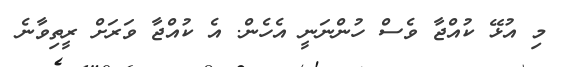
މި އުޅޭ ކުއްޖާ ވެސް ހުންނަނީ އެހެން. އެ ކުއްޖާ ވަރަށް ރީތިވާނެ